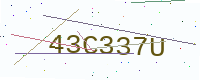
Text: 43C337U